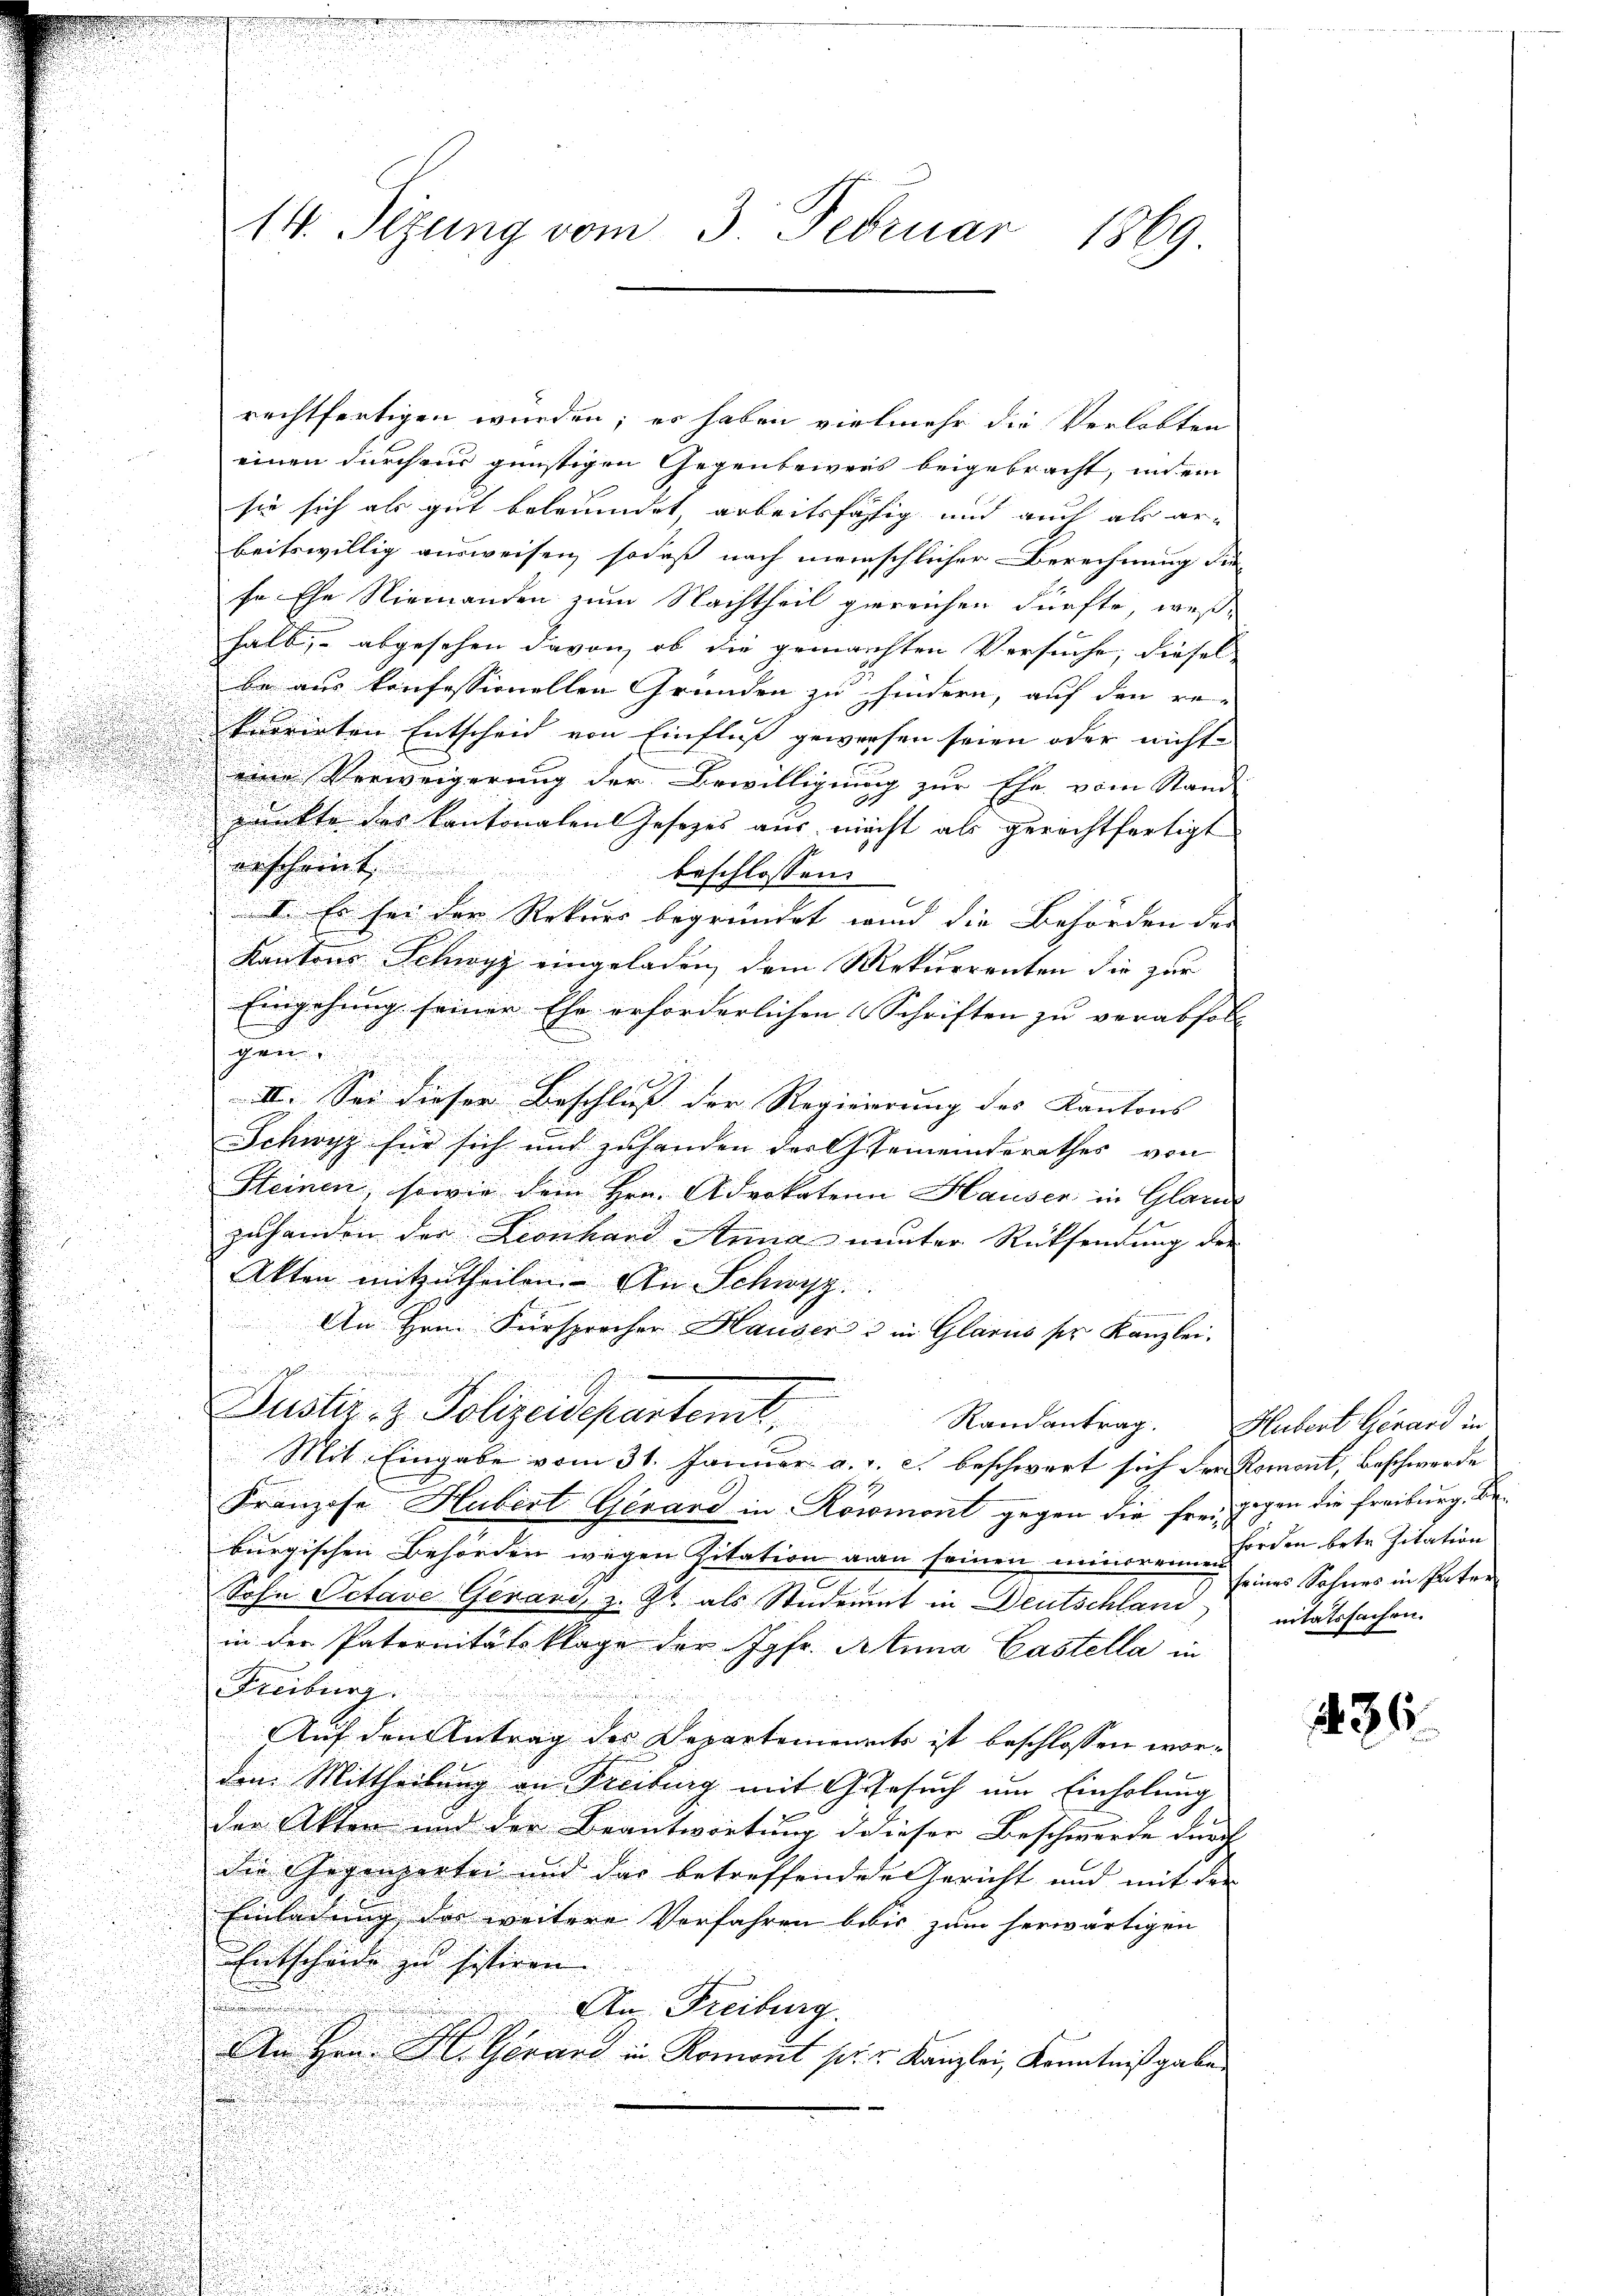
d

14. Tizung vom 3. Februar 1869.

rechtfertigen wurden; er haben vielmehr die Verlobten
u
einen durchaus günstigen Gegenbeweis beigebracht, in ein
sie sich als gut betrendet, arbeitsfähig und auch als ar-
beitswillig ausweisen, sodaß nach meinschlicher Berechnung die
se Ehe Niemanden zum Nachtheil gereichen dürfte, weßhalb, – abgesehen davon, ob die gemachten Versuche, diesel-
be aus konfessionellen Gründen zu hindern, auf den re-
kurrirten Entscheid von Einfluß gewesen seien oder nichte
eine Verweigerung der Bewilligung zur Ehe vom Stand
punkte des Kantonalen Gesezes aus nicht als gerechtfertigt
erscheint
beschlossen:
I. Es her der Rekurs begründet wird die Behörden der
Kantons Schwyz eingeladen, dem Rekurrenten die zur
Eingehung seiner Ehe erforderlichen Schriften zu verabfol- |
gen
III. Sei dieser Beschluss der Regierrung des Kantons |
Schwyz für sich und zuhanden der Gemeinderathes von
Steinen, sowie dem Hrn. Advokaten Hausen in Glarus
zuhanden der Leonhard Anna nunter Rücksendung der
Akten mitzutheilen. An Schwyz.
An Hrn. Fürsprocher Hauser & in Glarus ser Kanzlei.
enisch
.

Justier, z. Polizeidepartent,

Mit Eingabe vom 31. Januar a. a. c. beschwert sich der Romont, Beschwerde
Franzose Hubert Gewand in Romont gegen die frei gegen die Freiburg. Die
burgischen Behörden wegen Zitation man seinen minoren Forden betr. Zitation
Sohn Octave Genard, z. Zt. als Student in Deutschland
in der Paternitätsklage der Jgfr. Anna Castella in
Freiburg.
Auf den Antrag der Departements ist beschlossen worden Mittheilung an Freibung mit Gesuch um Einholung
der Akten und der Beantwortung d dieser Beschwerde durch
die Gegenzertei und das betreffenden Gericht und mit der
Einladung der weitere Verfahren bebis zum herwärtigen
Entscheide zu sistiren.
An Freiburg.
An Hrn. H. Gerand in Romont pr. v. Kanzlei, Kenntnißgaben
.

Randantrag. Hubert Genard in

seines Sohnes in Pater
nitätssachen.

1486